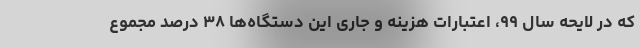
که در لایحه سال ۹۹، اعتبارات هزینه و جاری این دستگاه‌ها ۳۸ درصد مجموع